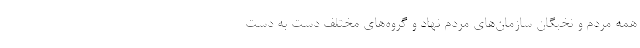
همه مردم و نخبگان سازمان‌های مردم نهاد و گروه‌های مختلف دست به دست